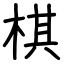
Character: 棋